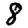
Digit: 8